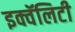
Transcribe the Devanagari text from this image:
इक्वॅलिटी